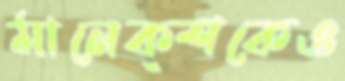
মানেক্শকেও